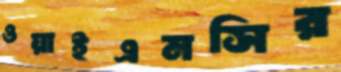
ওয়াইএমসির